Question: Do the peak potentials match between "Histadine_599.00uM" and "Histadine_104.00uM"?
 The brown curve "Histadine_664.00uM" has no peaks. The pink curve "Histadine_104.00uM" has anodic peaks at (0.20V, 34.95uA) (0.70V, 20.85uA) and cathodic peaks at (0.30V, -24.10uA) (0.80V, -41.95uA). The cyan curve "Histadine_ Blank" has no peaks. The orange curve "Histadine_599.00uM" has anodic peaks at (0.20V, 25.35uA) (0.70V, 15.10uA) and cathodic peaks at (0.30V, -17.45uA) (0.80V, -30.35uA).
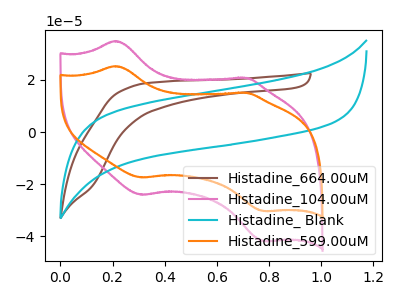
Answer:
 <answer>Yes, "Histadine_599.00uM" have a peak in "Histadine_104.00uM" at the same potential.</answer>
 <eval>match</eval>